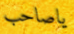
ياصاحب